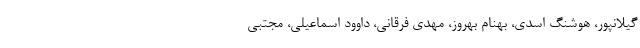
گیلانپور، هوشنگ اسدی، بهنام بهروز، مهدی فرقانی، داوود اسماعیلی، مجتبی